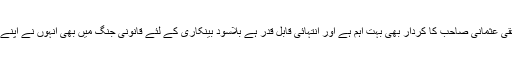
حضرت مولانا مفتی محمد تقی عثمانی صاحب کا کردار بھی بہت اہم ہے اور انتہائی قابل قدر ہے بلاسود بینکاری کے لئے قانونی جنگ میں بھی انہوں نے اپنے شایان شان کردار ادا فرمایا۔